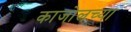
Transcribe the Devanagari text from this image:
काजोलच्या